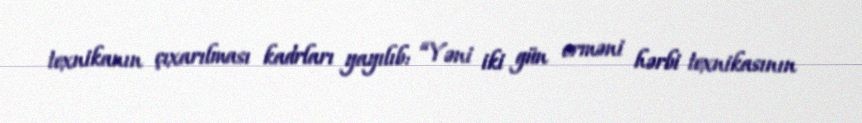
texnikanın çıxarılması kadrları yayılıb: “Yəni iki gün erməni hərbi texnikasının